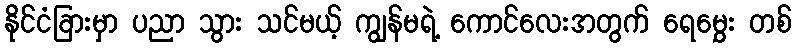
နိုင်ငံခြားမှာ ပညာ သွား သင်မယ့် ကျွန်မရဲ့ ကောင်လေးအတွက် ရေမွှေး တစ်